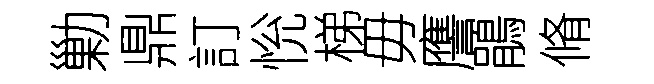
勦鼎訂恱梯毋譍鵑脩